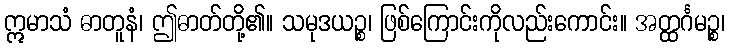
ဣမာသံ ဓာတူနံ၊ ဤဓာတ်တို့၏။ သမုဒယဉ္စ၊ ဖြစ်ကြောင်းကိုလည်းကောင်း။ အတ္ထင်္ဂမဉ္စ၊